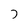
Character: 7